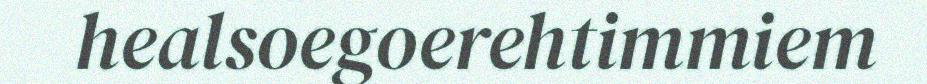
healsoegoerehtimmiem